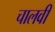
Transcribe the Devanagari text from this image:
चालवी